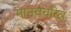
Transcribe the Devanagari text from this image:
मानवचरित्र